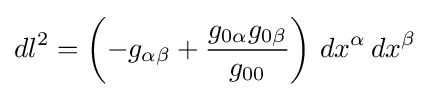
dl^{2}=\left(-g_{\alpha \beta }+{\frac {g_{0\alpha }g_{0\beta }}{g_{00}}}\right)\,dx^{\alpha }\,dx^{\beta }